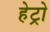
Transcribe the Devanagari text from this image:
हेट्रो